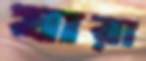
যারা